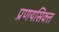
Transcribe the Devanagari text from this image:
प्रणयसिक्त